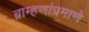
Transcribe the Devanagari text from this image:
ब्राम्हणांप्रमाणे